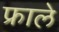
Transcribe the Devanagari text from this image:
फ्राले